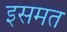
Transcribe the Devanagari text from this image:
इसमत